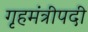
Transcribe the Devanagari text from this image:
गृहमंत्रीपदी